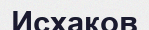
Исхаков